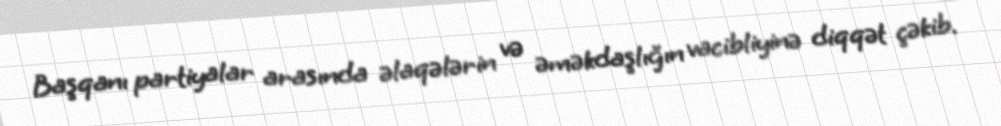
Başqanı partiyalar arasında əlaqələrin və əməkdaşlığın vacibliyinə diqqət çəkib.